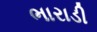
ભારાડી